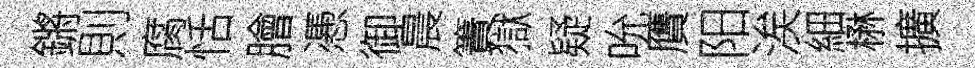
鏘則腐恬膾慿御晨簀獄疑吮贋阳涘細楙擴